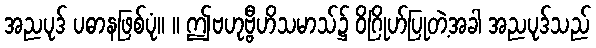
အညပုဒ် ပဓာနဖြစ်ပုံ။ ။ ဤဗဟုဗ္ဗီဟိသမာသ်၌ ဝိဂြိုဟ်ပြုတဲ့အခါ အညပုဒ်သည်